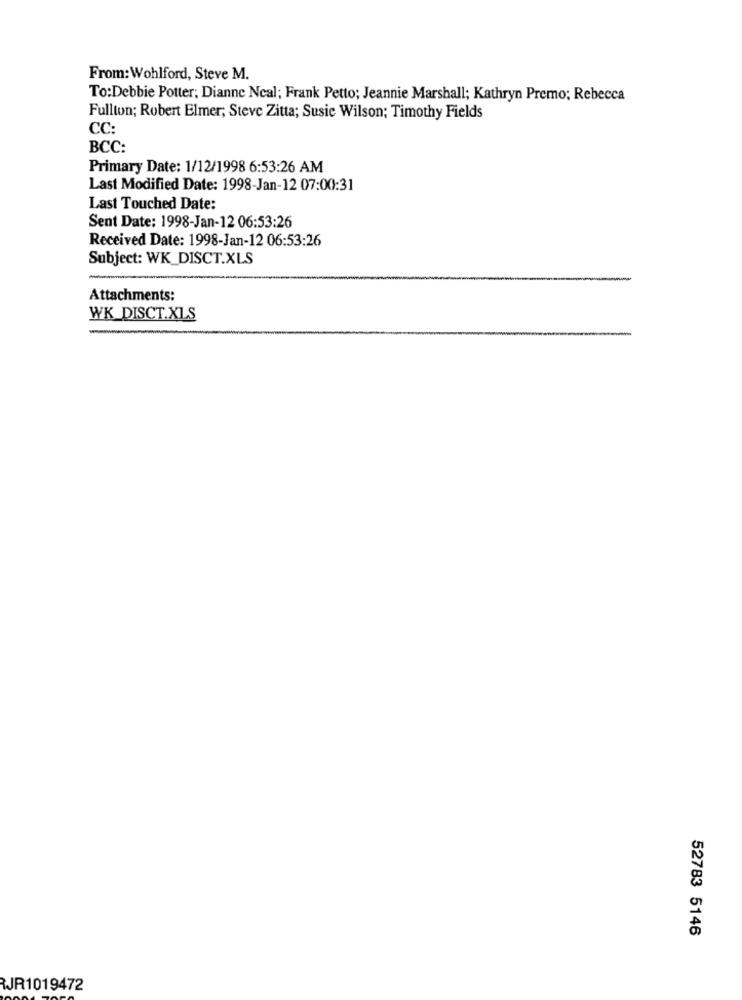
From: Wohlford, Steve M.
To:Debbie Potter; Dianne Ncal; Frank Petto; Jeannie Marshall; Kathryn Premo; Rebecca
Fullton; Robert Elmer; Steve Zitta; Susic Wilson; Timothy Fields
CC:
BCC:
Primary Date: 1/12/1998 6:53:26 AM
Last Modified Date: 1998-Jan-12 07:00:31
Last Touched Date:
Sent Date: 1998-Jan-12 06:53:26
Received Date: 1998-Jan-12 06:53:26
Subject: WK_DISCT.XLS
Attachments:
WK_DISCT.XLS
52783 5146
RJR1019472